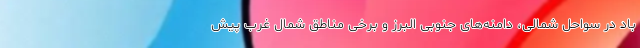
باد در سواحل شمالی، دامنه‌های جنوبی البرز و برخی مناطق شمال غرب پیش